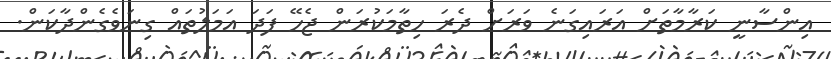
އިންސާނީ ކަރާމާތަށް އަރައިގަނެ ވަރަށް ދެރަ ހިތާމަކުރަން ޖެހޭ ފަދަ އަމަލުތައް ގިނަވެގެންދާކަން.